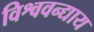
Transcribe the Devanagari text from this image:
विश्ववन्द्याय